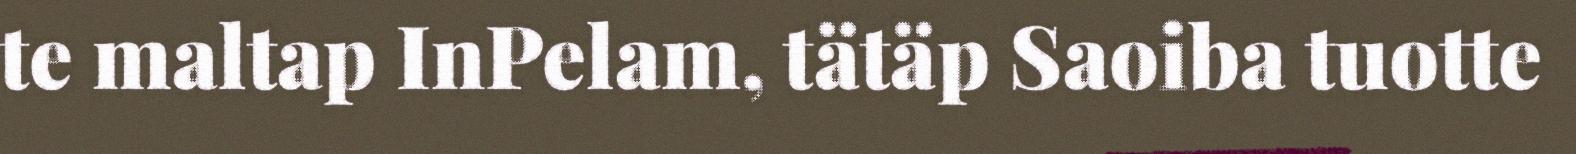
te maltap InPelam, tätäp Saoiba tuotte